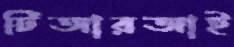
টিআরআই